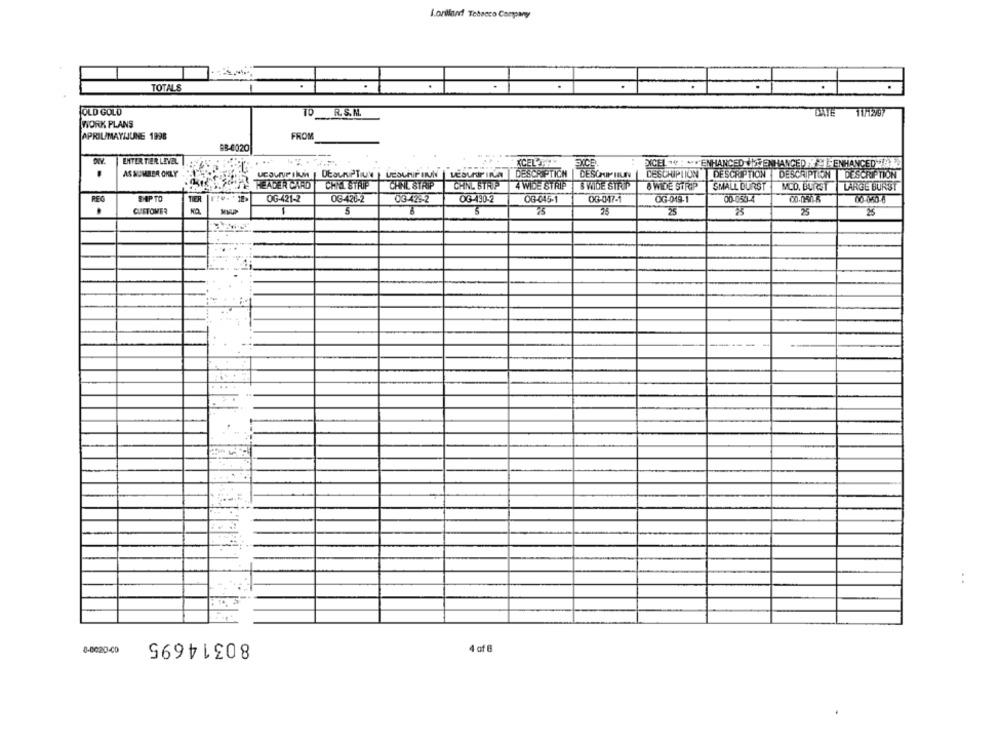
lorillard Tobacco Company
TOTALS
FOLD GOLD
R. S.M.
DATE 11/12/97
WORK PLANS
APRIL/MAYIJUNE 1998
FROM
#3-4020
DIV.
UNTER THER LEVEL |
KCELT
PICEL " : "ENHANCED IRENHANCED. "]-ENHANCED&
AS NUMBER ONLY
DESCRIPTION | DESCRIPTION DESCRIPTION | DESCRIPTION DESCRIPTION
HEADER CARD
CHYL STRIP
CHINE STRIP
CHINL STRIP
4 WIDE STRIP
B WIDE STRUP
8 WIDE STRIP
SMALL DURST
MED. BURST
LARGE BURST
REG
SHIP TO
TIER
OG-421-2
03-426-2
03-428-2
OG-430-2
0G-645-1
0G-047-1
OG-019-1
00-050-4
00.050 6
00-060-6
.
CUSTOMER
5
23
25
25
25
..
. .
. .
80314695
8-0620-40
4 of 8